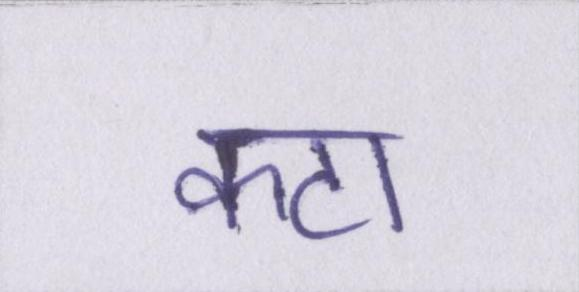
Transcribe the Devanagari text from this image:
कटा